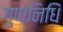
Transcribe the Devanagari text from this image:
गुणनिधिं